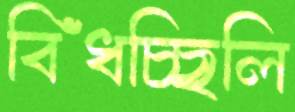
বিঁধচ্ছিলি